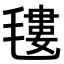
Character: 𣯫